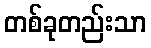
တစ်ခုတည်းသာ